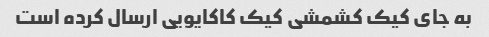
به جای کیک کشمشی کیک کاکایویی ارسال کرده است